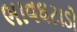
ભાવઘટાડો